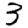
Digit: 3